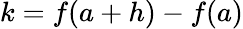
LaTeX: k=f(a+h)-f(a)